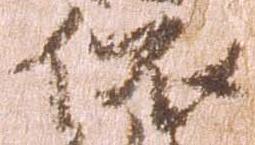
依